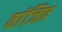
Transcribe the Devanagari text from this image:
वांजित्र